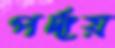
পর্দায়